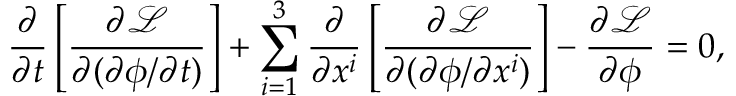
{ \frac { \partial } { \partial t } } \left[ { \frac { \partial { \mathcal { L } } } { \partial ( \partial \phi / \partial t ) } } \right] + \sum _ { i = 1 } ^ { 3 } { \frac { \partial } { \partial x ^ { i } } } \left[ { \frac { \partial { \mathcal { L } } } { \partial ( \partial \phi / \partial x ^ { i } ) } } \right] - { \frac { \partial { \mathcal { L } } } { \partial \phi } } = 0 ,